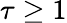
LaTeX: \tau\geq 1